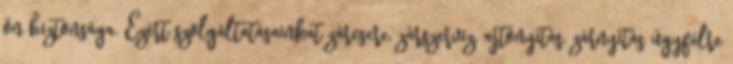
ön biztonsága. Ezért szolgáltatásainkat zárcsere, zárszerviz, ajtónyitás, zárnyitás ügyfélre